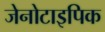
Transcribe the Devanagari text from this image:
जेनोटाइपिक